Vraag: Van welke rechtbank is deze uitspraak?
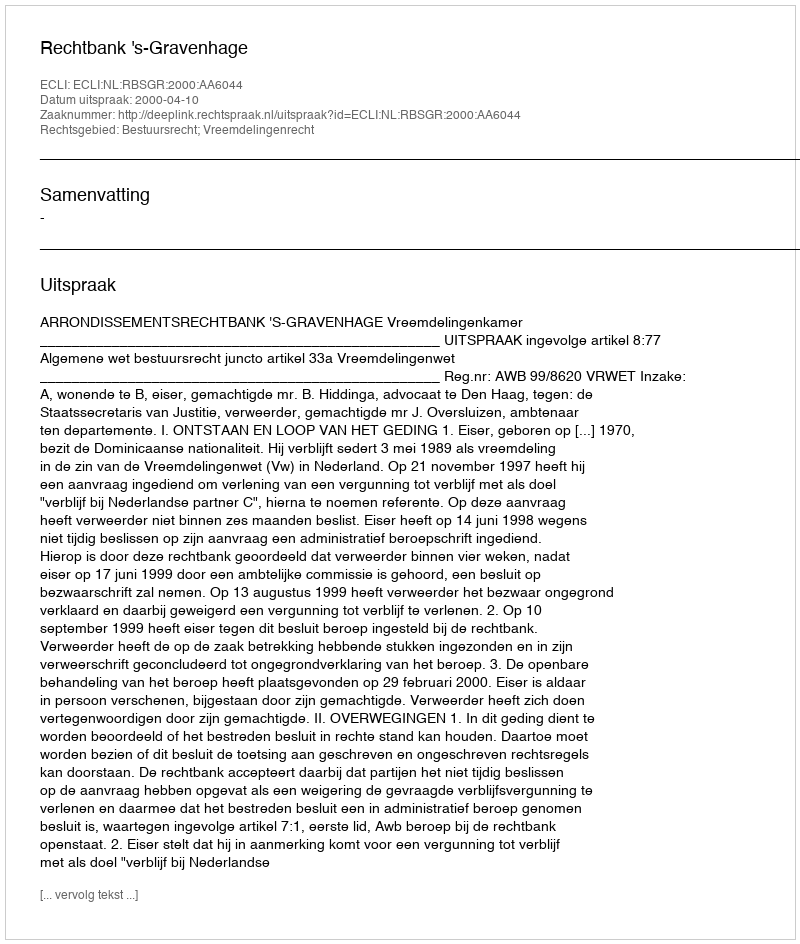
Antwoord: Rechtbank 's-Gravenhage